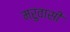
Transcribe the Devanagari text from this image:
मरुवासी